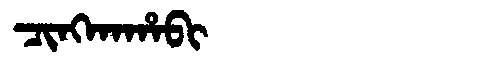
Manchu: ᠴᡳᠩᡴᠠᡥᠠᠪᡳ
Romanization: CINGKAHABI